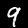
Label: 9